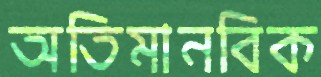
অতিমানবিক